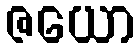
ဇယော